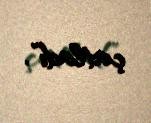
çatladı”.